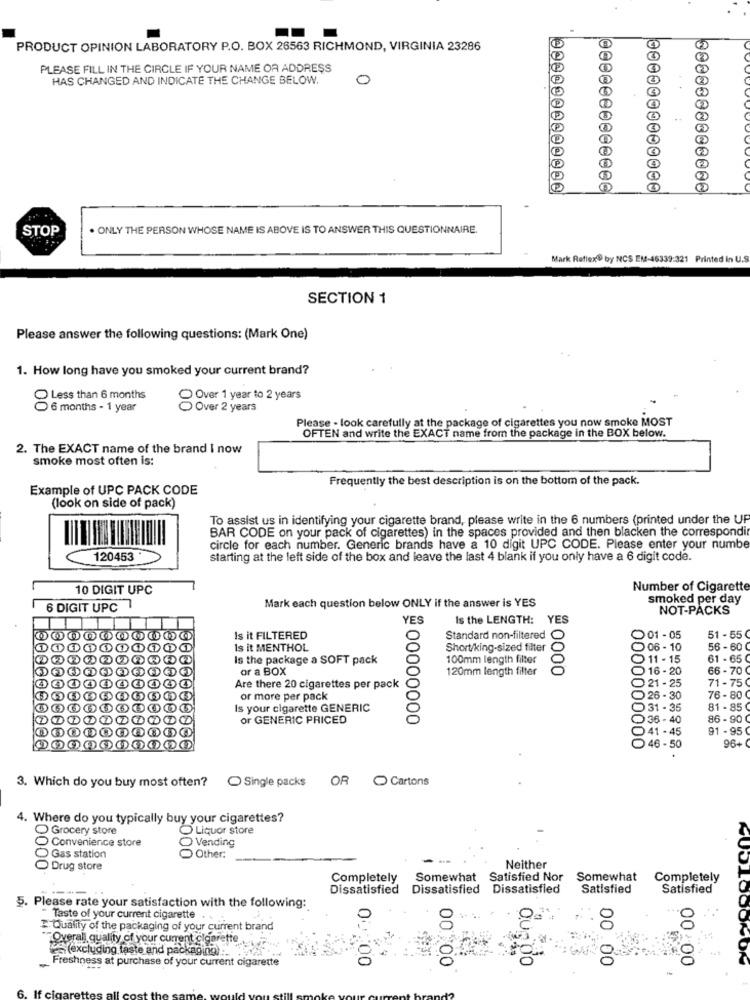
PRODUCT OPINION LABORATORY P.O. BOX 26563 RICHMOND, VIRGINIA 23286
PLEASE FILL IN THE CIRCLE IF YOUR NAME OR ADDRESS
HAS CHANGED AND INDICATE THE CHANGE BELOW.
0
9900000000000
0000000000000
0000000000000
STOP
. ONLY THE PERSON WHOSE NAME IS ABOVE IS TO ANSWER THIS QUESTIONNAIRE.
Mark Reflex® by NCS EM-46339:321 Printed in U.S.
SECTION 1
Please answer the following questions: (Mark One)
1. How long have you smoked your current brand?
Less than 6 months
Over 1 year to 2 years
6 months - 1 year
Over 2 years
Please - look carefully at the package of cigarettes you now smoke MOST
OFTEN and write the EXACT name from the package in the BOX below.
2. The EXACT name of the brand I now
smoke most often is:
Frequently the best description is on the bottom of the pack.
Example of UPC PACK CODE
(look on side of pack)
To assist us in identifying your cigarette brand, please write in the 6 numbers (printed under the UP
BAR CODE on your pack of cigarettes) in the spaces provided and then blacken the correspondir
circle for each number. Generic brands have a 10 digit UPC CODE. Please enter your numbe
120453
starting at the left side of the box and leave the last 4 blank if you only have a 6 digit code.
10 DIGIT UPC
Number of Cigarett
Mark each question below ONLY if the answer is YES
smoked per day
6 DIGIT UPC
NOT-PACKS
Is the LENGTH: YES
Is it FILTERED
Standard non-filtered
01 - 05
51 - 55
Is it MENTHOL
Short/king-sized filter
06 - 10
56 - 60
Is the package a SOFT pack
100mm length filter
11 - 15
61 - 65
or a BOX
120mm length filter
0000
16-20
66 - 70
Are there 20 cigarettes per pack
21 - 25
71 - 75
or more per pack
26 - 30
76 -80
Is your cigarette GENERIC
31 - 35
81 - 85
or GENERIC PRICED
# 00000000
36 - 40
86 - 90
41 -45
91 -95
96+
46 -50
3. Which do you buy most often?
Single packs
OR C Cartons
4. Where do you typically buy your cigarettes?
Liquor store
Grocery store
C Convenience store
Vending
Gas station
Other:
Neither
Drug store
0000
Completely
Somewhat Satisfied Nor
Somewhat
Completely
Dissatisfied
Dissatisfied Dissatisfied
Satisfied
Satisfied
5. Please rate your satisfaction with the following:
Taste of your current cigarette .
E Quality of the packaging of your current brand
Overall quality of your current cigarette
les (excluding laste and packaging) :
Freshness at purchase of your current cigarette
Our do
00:00
00:00
00 00
00.00